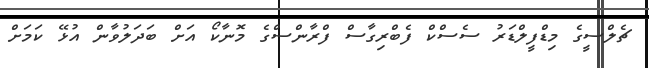
ޗެލްސީގެ މިޑްފީލްޑަރު ސެސްކް ފެބްރިގާސް ފްރާންސްގެ މޮނާކޯ އަށް ބަދަލުވާން އުޅޭ ކަމަށް